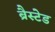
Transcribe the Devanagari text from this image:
ब्रैस्टेड